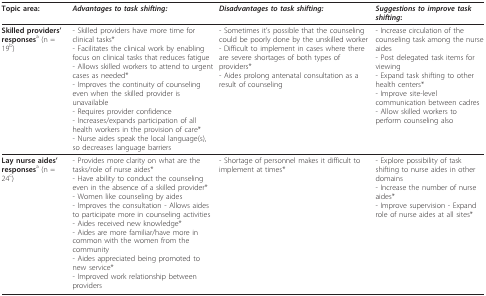
<table><thead><tr><td><b>Topic area:</b></td><td><b><i>Advantages to task shifting:</i></b></td><td><b><i>Disadvantages to task shifting:</i></b></td><td><b><i>Suggestions to improve task shifting</i>:</b></td></tr></thead><tbody><tr><td><b>Skilled providers&#x27; responses</b><sup>a </sup>(n = 19<sup>b</sup>)</td><td>- Skilled providers have more time for clinical tasks*- Facilitates the clinical work by enabling focus on clinical tasks that reduces fatigue- Allows skilled workers to attend to urgent cases as needed*- Improves the continuity of counseling even when the skilled provider is unavailable- Requires provider confidence- Increases/expands participation of all health workers in the provision of care*- Nurse aides speak the local language(s), so decreases language barriers</td><td>- Sometimes it&#x27;s possible that the counseling could be poorly done by the unskilled worker- Difficult to implement in cases where there are severe shortages of both types of providers*- Aides prolong antenatal consultation as a result of counseling</td><td>- Increase circulation of the counseling task among the nurse aides- Post delegated task items for viewing- Expand task shifting to other health centers*- Improve site-level communication between cadres- Allow skilled workers to perform counseling also</td></tr><tr><td><b>Lay nurse aides&#x27; responses</b><sup>a </sup>(n = 24<sup>c</sup>)</td><td>- Provides more clarity on what are the tasks/role of nurse aides*- Have ability to conduct the counseling even in the absence of a skilled provider*- Women like counseling by aides- Improves the consultation - Allows aides to participate more in counseling activities- Aides received new knowledge*- Aides are more familiar/have more in common with the women from the community- Aides appreciated being promoted to new service*- Improved work relationship between providers</td><td>- Shortage of personnel makes it difficult to implement at times*</td><td>- Explore possibility of task shifting to nurse aides in other domains- Increase the number of nurse aides*- Improve supervision - Expand role of nurse aides at all sites*</td></tr></tbody></table>